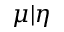
\mu | \eta